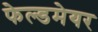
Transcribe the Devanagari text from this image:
फेल्डमेयर